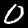
Label: 0